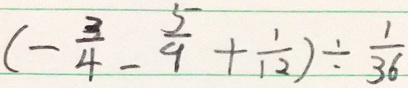
( - \frac { 3 } { 4 } - \frac { 5 } { 9 } + \frac { 1 } { 1 2 } ) \div \frac { 1 } { 3 6 }